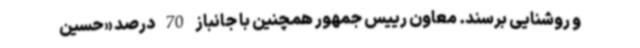
و روشنایی برسند. معاون رییس جمهور همچنین با جانباز 70 درصد «حسین